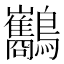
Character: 𪈥